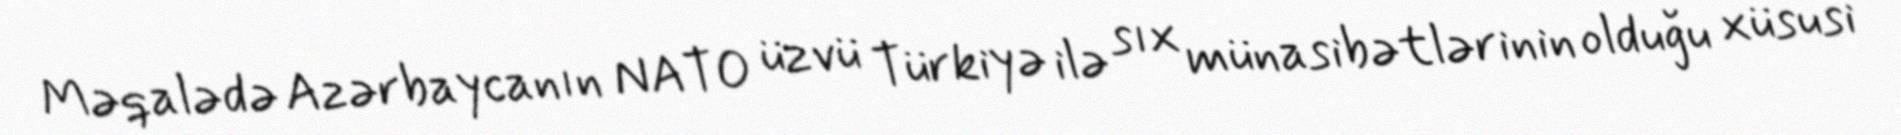
Məqalədə Azərbaycanın NATO üzvü Türkiyə ilə sıx münasibətlərinin olduğu xüsusi